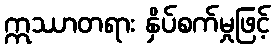
ဣဿာတရား နှိပ်စက်မှုဖြင့်